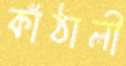
কাঁঠালী